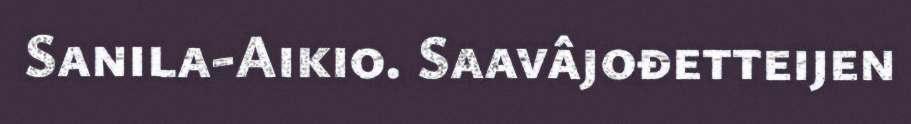
Sanila-Aikio. Saavâjođetteijen